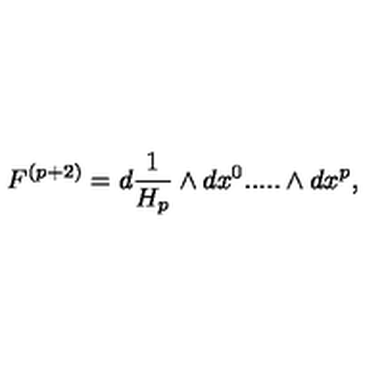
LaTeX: F ^ { ( p + 2 ) } = d { \frac { 1 } { H _ { p } } } \wedge d x ^ { 0 } . . . . . \wedge d x ^ { p } ,